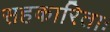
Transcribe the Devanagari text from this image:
सहकारिताः